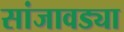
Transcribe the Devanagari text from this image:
सांजावड्या